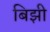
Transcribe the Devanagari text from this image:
बिझी